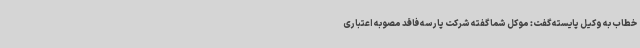
خطاب به وکیل پایسته گفت: موکل شما گفته شرکت پارسه فاقد مصوبه اعتباری